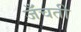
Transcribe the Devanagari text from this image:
जँचती